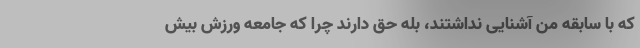
که با سابقه من آشنایی نداشتند، بله ‌حق دارند چرا که جامعه ورزش بیش